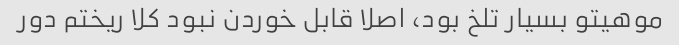
موهیتو بسیار تلخ بود، اصلا قابل خوردن نبود کلا ریختم دور